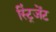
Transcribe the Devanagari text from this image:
स्ट्रिंजेंट